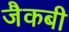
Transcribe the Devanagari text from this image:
जैकबी